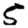
Digit: 5